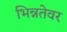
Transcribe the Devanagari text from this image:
भिन्नतेवर